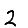
Digit: 2